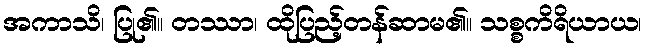
အကာသိ၊ ပြု၏။ တဿာ၊ ထိုပြည့်တန်ဆာမ၏။ သစ္စကိရိယာယ၊